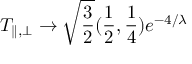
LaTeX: T _ { \parallel , \bot } \to \sqrt { { \frac { 3 } { 2 } } } ( { \frac { 1 } { 2 } } , { \frac { 1 } { 4 } } ) e ^ { - 4 / \lambda }